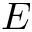
E